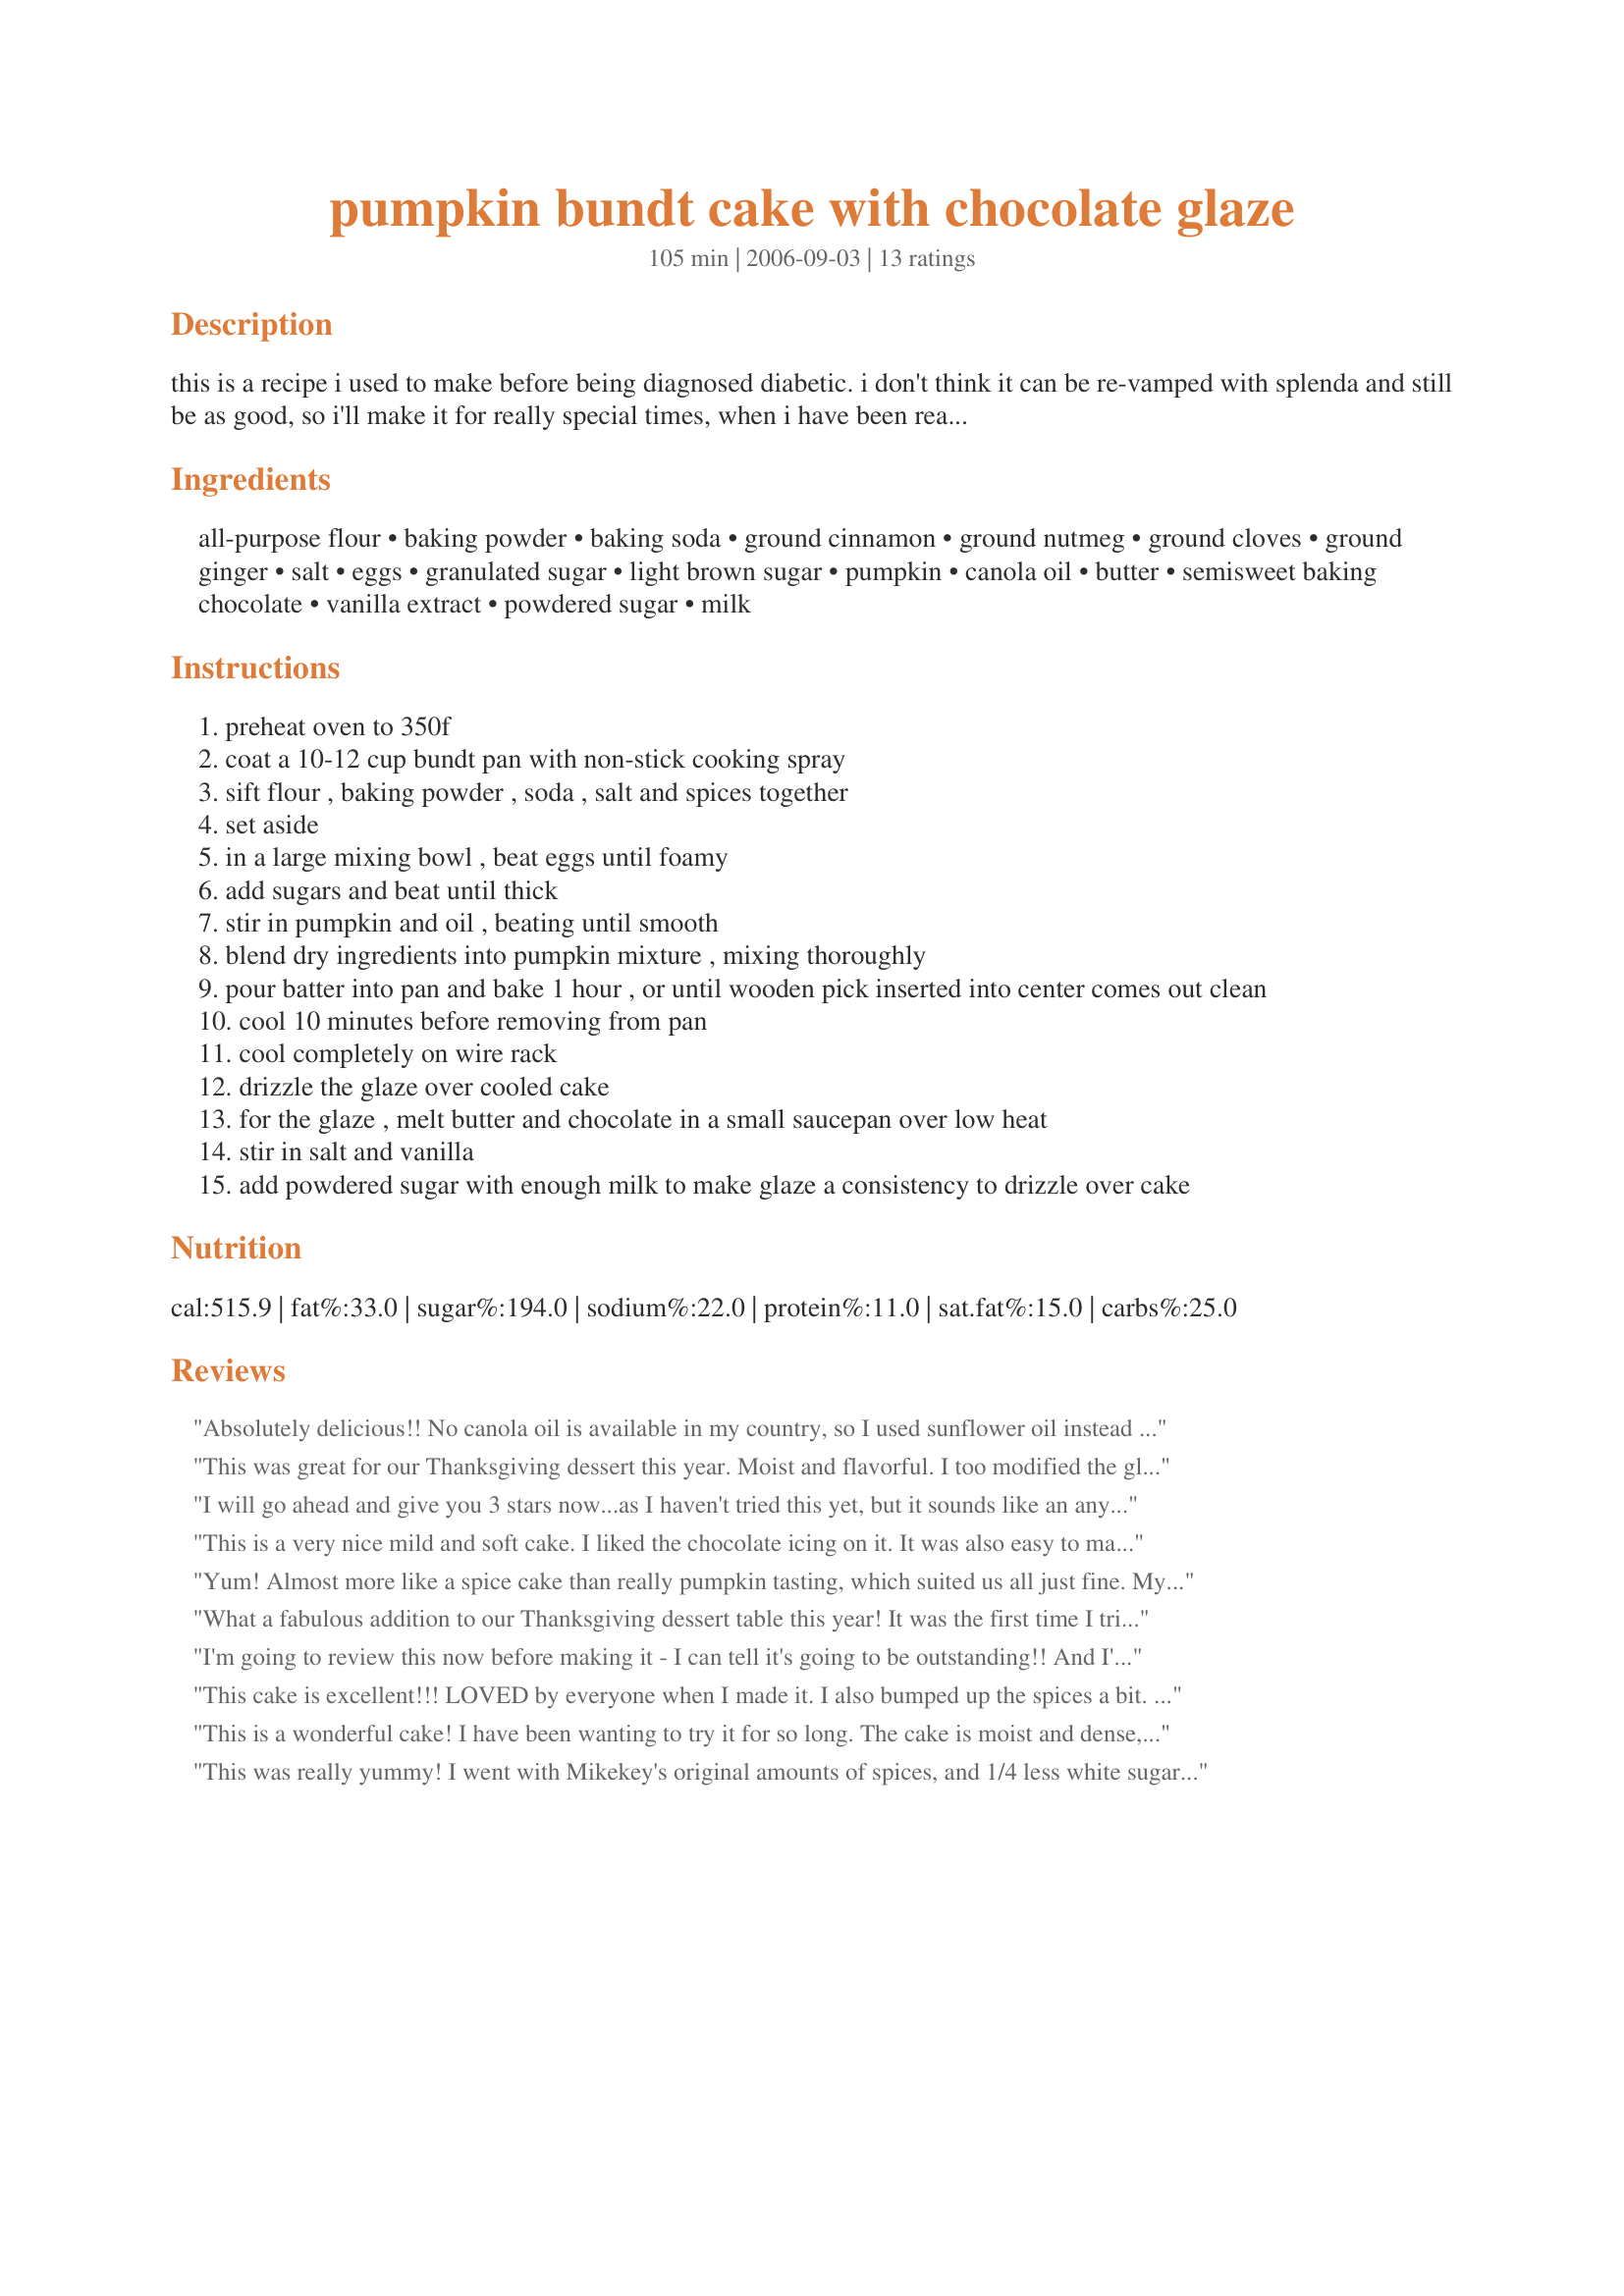
pumpkin bundt cake with chocolate glaze
Preparation time: 105 minutes

this is a recipe i used to make before being diagnosed diabetic. i don't think it can be re-vamped with splenda and still be as good, so i'll make it for really special times, when i have been really good at watching the carbs! update: i changed the amounts of spices in this. i usually add more than called for and two reviewers thought it needed more. if it sounds too spicy for you, cut the amounts in half.

Ingredients:
all-purpose flour, baking powder, baking soda, ground cinnamon, ground nutmeg, ground cloves, ground ginger, salt, eggs, granulated sugar, light brown sugar, pumpkin, canola oil, butter, semisweet baking chocolate, vanilla extract, powdered sugar, milk

Steps:
preheat oven to 350f
coat a 10-12 cup bundt pan with non-stick cooking spray
sift flour , baking powder , soda , salt and spices together
set aside
in a large mixing bowl , beat eggs until foamy
add sugars and beat until thick
stir in pumpkin and oil , beating until smooth
blend dry ingredients into pumpkin mixture , mixing thoroughly
pour batter into pan and bake 1 hour , or until wooden pick inserted into center comes out clean
cool 10 minutes before removing from pan
cool completely on wire rack
drizzle the glaze over cooled cake
for the glaze , melt butter and chocolate in a small saucepan over low heat
stir in salt and vanilla
add powdered sugar with enough milk to make glaze a consistency to drizzle over cake

Reviews:
Absolutely delicious!! No canola oil is available in my country, so I used sunflower oil instead and it worked all right. Also, just before pouring the mixture in the pan, I added two teaspoons of vinegar which is supposed to help the baking powder do its work. I watched the baking process carefully and did not keep the cake in the oven more than necessary. Everybody loved it. Thank you mikekey!
This was great for our Thanksgiving dessert this year. Moist and flavorful. I too modified the glaze: Butter, 2 oz. white chocolate chips, salt, vanilla, egg nog instead of the milk and a heaping teaspoon of pumpkin pie spice (McCormick). Served with Egg Nog ice cream, Tasty!
I will go ahead and give you 3 stars now...as I haven't tried this yet, but it sounds like an any occasion cake, and sounds delicious. I will make it for our Thanksgiving dinner this year, and let you know how it turns out!! I don't know if you know this or not, that cinnamon is one of those natural wonders...it will lower your sugar, so you adding the extra cinnamon in it only helps you maintain. (My Husband is a diabetic also, but that doesn't hinder my love of sweets!!!) I usually bump up the spices in stuff like this anyway. cant wait to try it!! UPDATE!! I finally made this and it was wonderful. I did spice it up alittle!!
This is a very nice mild and soft cake. I liked the chocolate icing on it. It was also easy to make. If I make it again I will at least double the spices as I like to REALLY taste them. Thanks for another great recipe mikekey! Made for Zaar Tag.
Yum! Almost more like a spice cake than really pumpkin tasting, which suited us all just fine. My toddler went back for seconds, and he's not a big fan of cake.
What a fabulous addition to our Thanksgiving dessert table this year! It was the first time I tried this recipe, and everyone really loved the cake. Moist and flavorful, and it did not last more than one extra day. Almost everyone took a slice home afterwards!
I'm going to review this now before making it - I can tell it's going to be outstanding!! And I'll probably bump up the spices, too. I might try a spin on the glaze - I'm going to cut back on the milk and powdered sugar a bit and use a container or two of Hazelnut coffee creamer. I tried something similar on a recipe years ago and have been dying to try it again. I think Hazelnut will go well with the pumpkin & spicy flavors. Thanks for sharing the recipe!
This cake is excellent!!! LOVED by everyone when I made it. I also bumped up the spices a bit. Can't say enough... this is really really very good... nice & moist, not too sweet tasting... just an excellent cake! Will definately become a family favorite!
This is a wonderful cake! I have been wanting to try it for so long. The cake is moist and dense, yet not heavy. I too doubled up on the spices taking Engrossed's suggestion and was very pleased with the results. The chocolate glaze adds just the right finish. Many thanks mikekey, we really loved this :) Nick's Mom
This was really yummy! I went with Mikekey's original amounts of spices, and 1/4 less white sugar, and it was perfect for us. I also did not make the glaze, and subbed one fourth of the oil as applesauce. I think this would also work well as a loaf or as muffins, since it is much like a quick bread. Thanks for the great recipe!
Just made this for tea with a friend. Fantastically mild spices for a tea party--but next time, I would probably double the spices, too, just for a little extra kick. Wonderful either way. I also used a mixture of cocoa powder & powdered sugar, which made the glaze less sweet, but we thought it worked really well with the cake. Thanks, Mikekey!
Very good taste. I liked the lighter spice taste. I halved the recipe and baked for 35 minutes. Came out great. Thnx for sharing your recipe, mikekey. Made for Comfort Cafe Snow Queen Chalet Jan 2010.
Excellent! This pumpkin cake is so moist and spiced just right. I baked it in a 350 degree oven in a 13 x 9 pan for about 40 minutes and it turned out fantastic. I put semi-sweet mini morsels in the batter and topped the cake with cream cheese frosting. This will definitely become a staple Fall-time treat in my house! Thank you for sharing!
